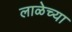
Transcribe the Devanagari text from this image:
लाळेच्या